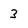
Character: 3